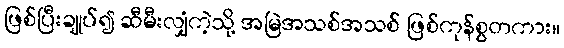
ဖြစ်ပြီးချုပ်၍ ဆီမီးလျှံကဲ့သို့ အမြဲအသစ်အသစ် ဖြစ်ကုန်စွတကား။